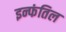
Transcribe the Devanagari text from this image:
इन्फंतिल